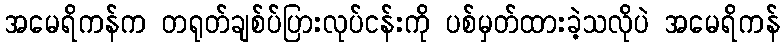
အမေရိကန်က တရုတ်ချစ်ပ်ပြားလုပ်ငန်းကို ပစ်မှတ်ထားခဲ့သလိုပဲ အမေရိကန်